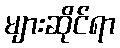
များဆိုင်ရာ